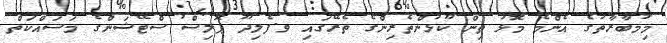
މިމުބާރާތުގެ އެންމެ މޮޅު ތިން ކުޅުންތެރިންގެ ތެރޭގައި ވ.ފެލިދޫ ޕޮލިސް ސްޓޭޝަންގެ މަސައްކަތް